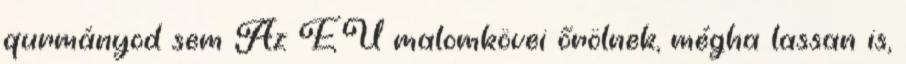
qurmányod sem Az EU malomkövei őrölnek, mégha lassan is,